Report of an investigation into the causes of malaria in Bombay and the measures necessary for its control
Disease focus: Malaria
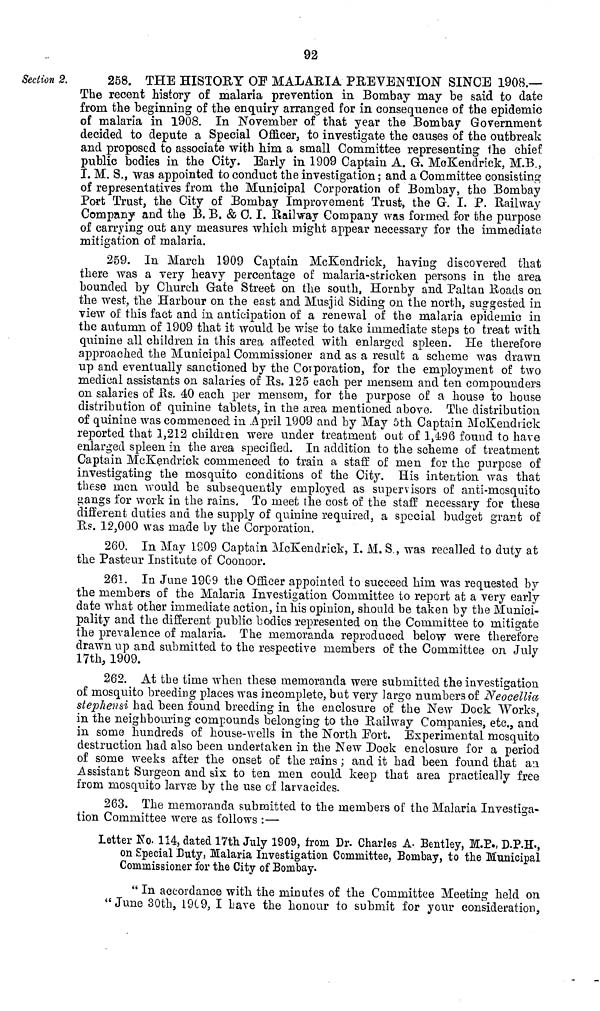
92
Section 2.
258. THE HISTORY OF MALARIA PREVENTION SINCE 1908.—
The recent history of malaria prevention in Bombay may be said to date
from the beginning of the enquiry arranged for in consequence of the epidemic
of malaria in 1908. In November of that year the Bombay Government
decided to depute a Special Officer, to investigate the causes of the outbreak
and proposed to associate with him a small Committee representing the chief
public bodies in the City. Early in 1909 Captain A. G. McKendrick, M.B.,
I. M. S., was appointed to conduct the investigation ; and a Committee consisting
of representatives from the Municipal Corporation of Bombay, the Bombay
Port Trust, the City of Bombay Improvement Trust, the G. I. P. Railway
Company and the B. B. & C. I. Railway Company was formed for the purpose
of carrying out any measures which might appear necessary for the immediate
mitigation of malaria.
259. In March 1909 Captain McKendrick, having discovered that
there was a very heavy percentage of malaria-stricken persons in the area
bounded by Church Gate Street on the south, Hornby and Paitan Roads on
the west, the Harbour on the east and Musjid Siding on the north, suggested in
view of this fact and in anticipation of a renewal of the malaria epidemic in
the autumn of 1909 that it would be wise to take immediate steps to treat with
quinine all children in this area affected with enlarged spleen. He therefore
approached the Municipal Commissioner and as a result a scheme was drawn
up and eventually sanctioned by the Corporation, for the employment of two
medical assistants on salaries of Rs. 125 each per mensem and ten compounders
on salaries of Rs. 40 each per mensem, for the purpose of a house to house
distribution of quinine tablets, in the area mentioned above. The distribution
of quinine was commenced in April 1909 and by May 5th Captain McKendrick
reported that 1,212 children were under treatment out of 1,496 found to have
enlarged spleen in the area specified. In addition to the scheme of treatment
Captain McKendrick commenced to train a staff of men for the purpose of
investigating the mosquito conditions of the City. His intention was that
these men would be subsequently employed as supervisors of anti-mosquito
gangs for work in the rains. To meet the cost of the staff necessary for these
different duties and the supply of quinine required, a special budget grant of
Rs. 12,000 was made by the Corporation.
260. In May 1909 Captain McKendrick, I. M. S., was recalled to duty at
the Pasteur Institute of Coonoor.
261. In June 19G9 the Officer appointed to succeed him was requested by
the members of the Malaria Investigation Committee to report at a very early
date what other immediate action, in his opinion, should be taken by the Munici-
pality and the different public bodies represented on the Committee to mitigate
the prevalence of malaria. The memoranda reproduced below were therefore
drawn up and submitted to the respective members of the Committee on July
17th, 1909.
262. At the time when these memoranda were submitted the investigation
of mosquito breeding places was incomplete, but very large numbers of Neocellia
stephensi had been found breeding in the enclosure of the New Dock Works,
in the neighbouring compounds belonging to the Railway Companies, etc., and
in some hundreds of house-wells in the North Port. Experimental mosquito
destruction had also been undertaken in the New Dock enclosure for a period
of some weeks after the onset of the rains ; and it had been found that an
Assistant Surgeon and six to ten men could keep that area practically free
from mosquito larvæ by the use of larvacides.
263. The memoranda submitted to the members of the Malaria Investiga-
tion Committee were as follows :—
Letter Ko. 114, dated 17th July 1909, from Dr. Charles A. Bentley, M.P., D.P.H.,
on Special Duty, Malaria Investigation Committee, Bombay, to the Municipal
Commissioner for the City of Bombay.
" In accordance with the minutes of the Committee Meeting held on
"June 30th, 1909, I Lave the honour to submit for your consideration,